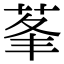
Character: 莑